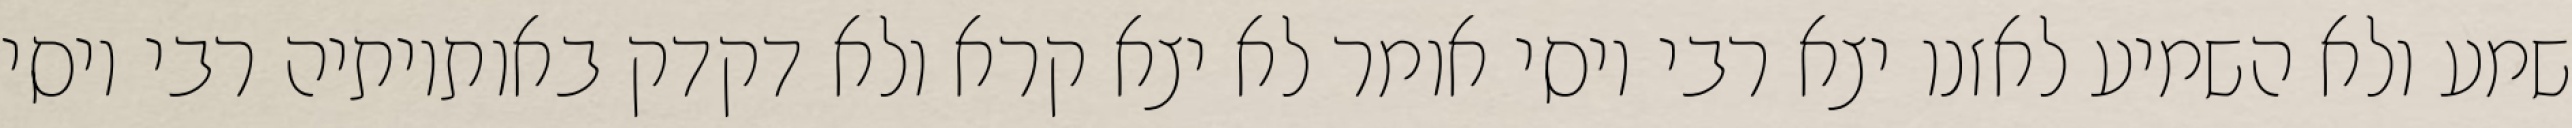
שמע ולא השמיע לאזנו יצא רבי יוסי אומר לא יצא קרא ולא דקדק באותיותיה רבי יוסי